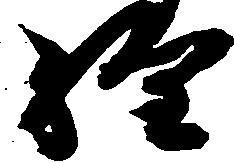
経